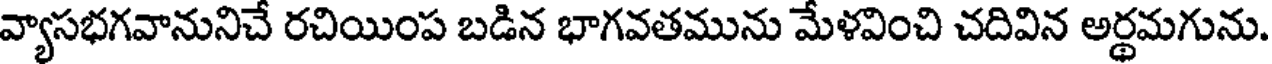
వ్యాసభగవానునిచే రచియింప బడిన భాగవతమును మేళవించి చదివిన అర్థమగును.